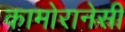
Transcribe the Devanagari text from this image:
कामोरानेसी